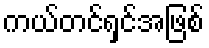
ကယ်တင်ရှင်အဖြစ်